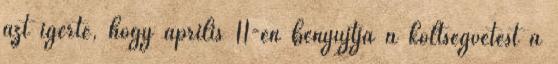
azt ígérte, hogy április 11-én benyújtja a költségvetést a